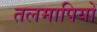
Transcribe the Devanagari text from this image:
तलमापियों